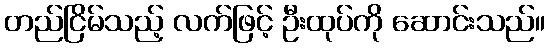
တည်ငြိမ်သည့် လက်ဖြင့် ဦးထုပ်ကို ဆောင်းသည်။